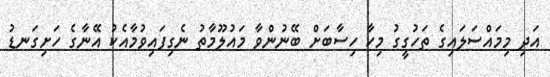
އަދި މިމައްސަލައިގެ ތަހުގީގު މިހާ ހިސާބަށް ބޭނުންވާ މައުލޫމާތު ނެގިފައިވުމާއެކު އޭނާގެ ހަށިގަނޑު